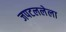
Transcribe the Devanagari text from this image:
जपटललेला